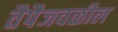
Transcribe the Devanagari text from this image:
तैपैजवळील